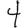
Digit: 4